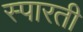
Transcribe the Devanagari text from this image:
स्पारती